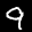
Label: 9